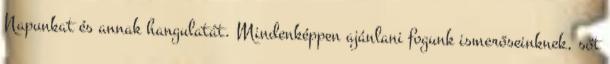
Napunkat és annak hangulatát. Mindenképpen ajánlani fogunk ismerőseinknek, sőt